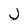
Character: J